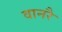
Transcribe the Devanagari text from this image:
वानरै